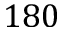
1 8 0